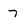
Character: 7